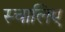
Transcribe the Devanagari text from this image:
स्चालिए